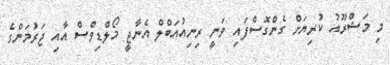
މި މަޝްރޫއު ކުރިޔަށް ގެންގޮސްފައި ވަނީ ރިނިއުއަބްލް އެނާޖީ މޯލްޑިވްސް އާއި ޖަރުމަންގެ